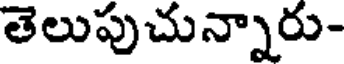
తెలుపుచున్నారు-